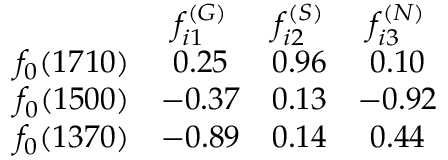
\begin{array} { c c c c } { { } } & { { f _ { i 1 } ^ { ( G ) } } } & { { f _ { i 2 } ^ { ( S ) } } } & { { f _ { i 3 } ^ { ( N ) } } } \\ { { f _ { 0 } ( 1 7 1 0 ) } } & { { 0 . 2 5 } } & { { 0 . 9 6 } } & { { 0 . 1 0 } } \\ { { f _ { 0 } ( 1 5 0 0 ) } } & { { - 0 . 3 7 } } & { { 0 . 1 3 } } & { { - 0 . 9 2 } } \\ { { f _ { 0 } ( 1 3 7 0 ) } } & { { - 0 . 8 9 } } & { { 0 . 1 4 } } & { { 0 . 4 4 } } \end{array}